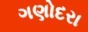
ગણોદરા